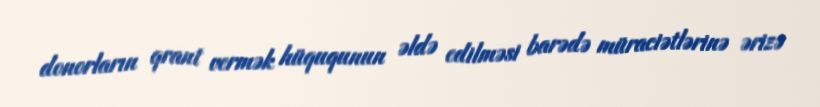
donorların qrant vermək hüququnun əldə edilməsi barədə müraciətlərinə ərizə